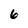
Character: 6